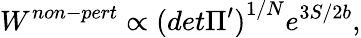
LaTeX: W^{non-pert}\propto{(det\Pi^{\prime})}^{1/N}e^{3S/2b},